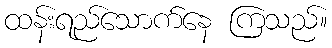
ထန်းရည်သောက်နေ ကြသည်။